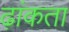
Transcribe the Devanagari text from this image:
ढ़ांकता